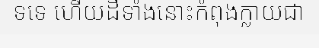
ទទេ ហើយដីទាំងនោះកំពុងក្លាយជា